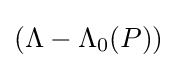
\textstyle (\Lambda -\Lambda _{0}(P))